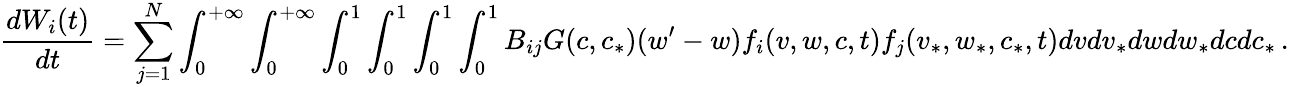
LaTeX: \frac{dW_{i}(t)}{dt}=\sum_{j=1}^{N}\int_{0}^{+\infty}\int_{0}^{+\infty}\int_{0}^{1}\int_{0}^{1}\int_{0}^{1}\int_{0}^{1}B_{ij}G(c,c_{*})(w^{\prime}-w)f_{i}(v,w,c,t)f_{j}(v_{*},w_{*},c_{*},t)dvdv_{*}dwdw_{*}dcdc_{*}\, .